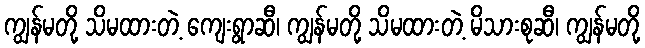
ကျွန်မတို့ သိမထားတဲ့ ကျေးရွာဆီ၊ ကျွန်မတို့ သိမထားတဲ့ မိသားစုဆီ၊ ကျွန်မတို့